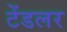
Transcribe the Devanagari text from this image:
टेंडलर